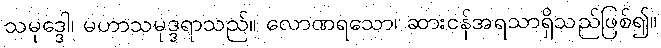
သမုဒ္ဒေါ၊ မဟာသမုဒ္ဒရာသည်။ လောဏရသော၊ ဆားငန်အရသာရှိသည်ဖြစ်၍။